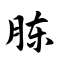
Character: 胨